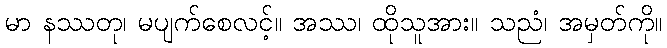
မာ နဿတု၊ မပျက်စေလင့်။ အဿ၊ ထိုသူအား။ သညံ၊ အမှတ်ကို။